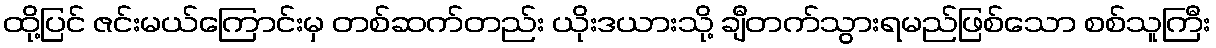
ထို့ပြင် ဇင်းမယ်ကြောင်းမှ တစ်ဆက်တည်း ယိုးဒယားသို့ ချီတက်သွားရမည်ဖြစ်သော စစ်သူကြီး